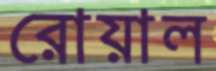
রোয়াল